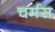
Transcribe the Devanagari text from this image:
चर्मस